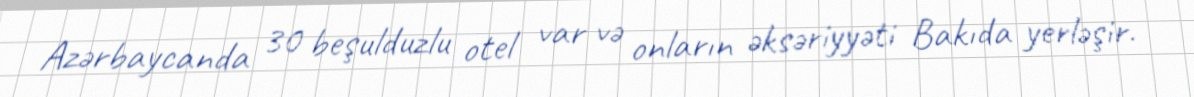
Azərbaycanda 30 beşulduzlu otel var və onların əksəriyyəti Bakıda yerləşir.